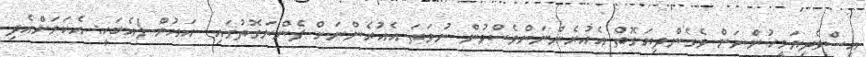
އިސްވެދިޔަމީހުންނަށް ވެގެންދިޔަގޮތް އެއުރެންނަށްވެސްވުން ނުވަތަ އެއުރެންނަށް ފެންނަގޮތުގައި  އައުން (އެބަހީ: އެކަމަށްއެދި